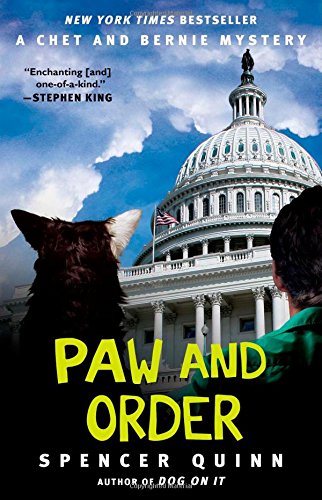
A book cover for Paw and Order: A Chet and Bernie Mystery (The Chet and Bernie Mystery Series); Spencer Quinn; Mystery, Thriller & Suspense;